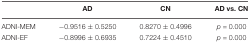
|  | AD | CN | AD vs. CN |
 | --- | --- | --- | --- |
 | ADNI-MEM | –0.9516 ± 0.5250 | 0.8270 ± 0.4996 | p = 0.000 |
 | ADNI-EF | –0.8996 ± 0.6935 | 0.7224 ± 0.4510 | p = 0.000 |